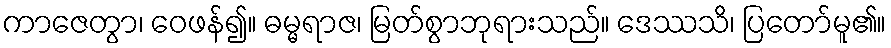
ကာဇေတွာ၊ ဝေဖန်၍။ ဓမ္မရာဇ၊ မြတ်စွာဘုရားသည်။ ဒေဿသိ၊ ပြတော်မူ၏။